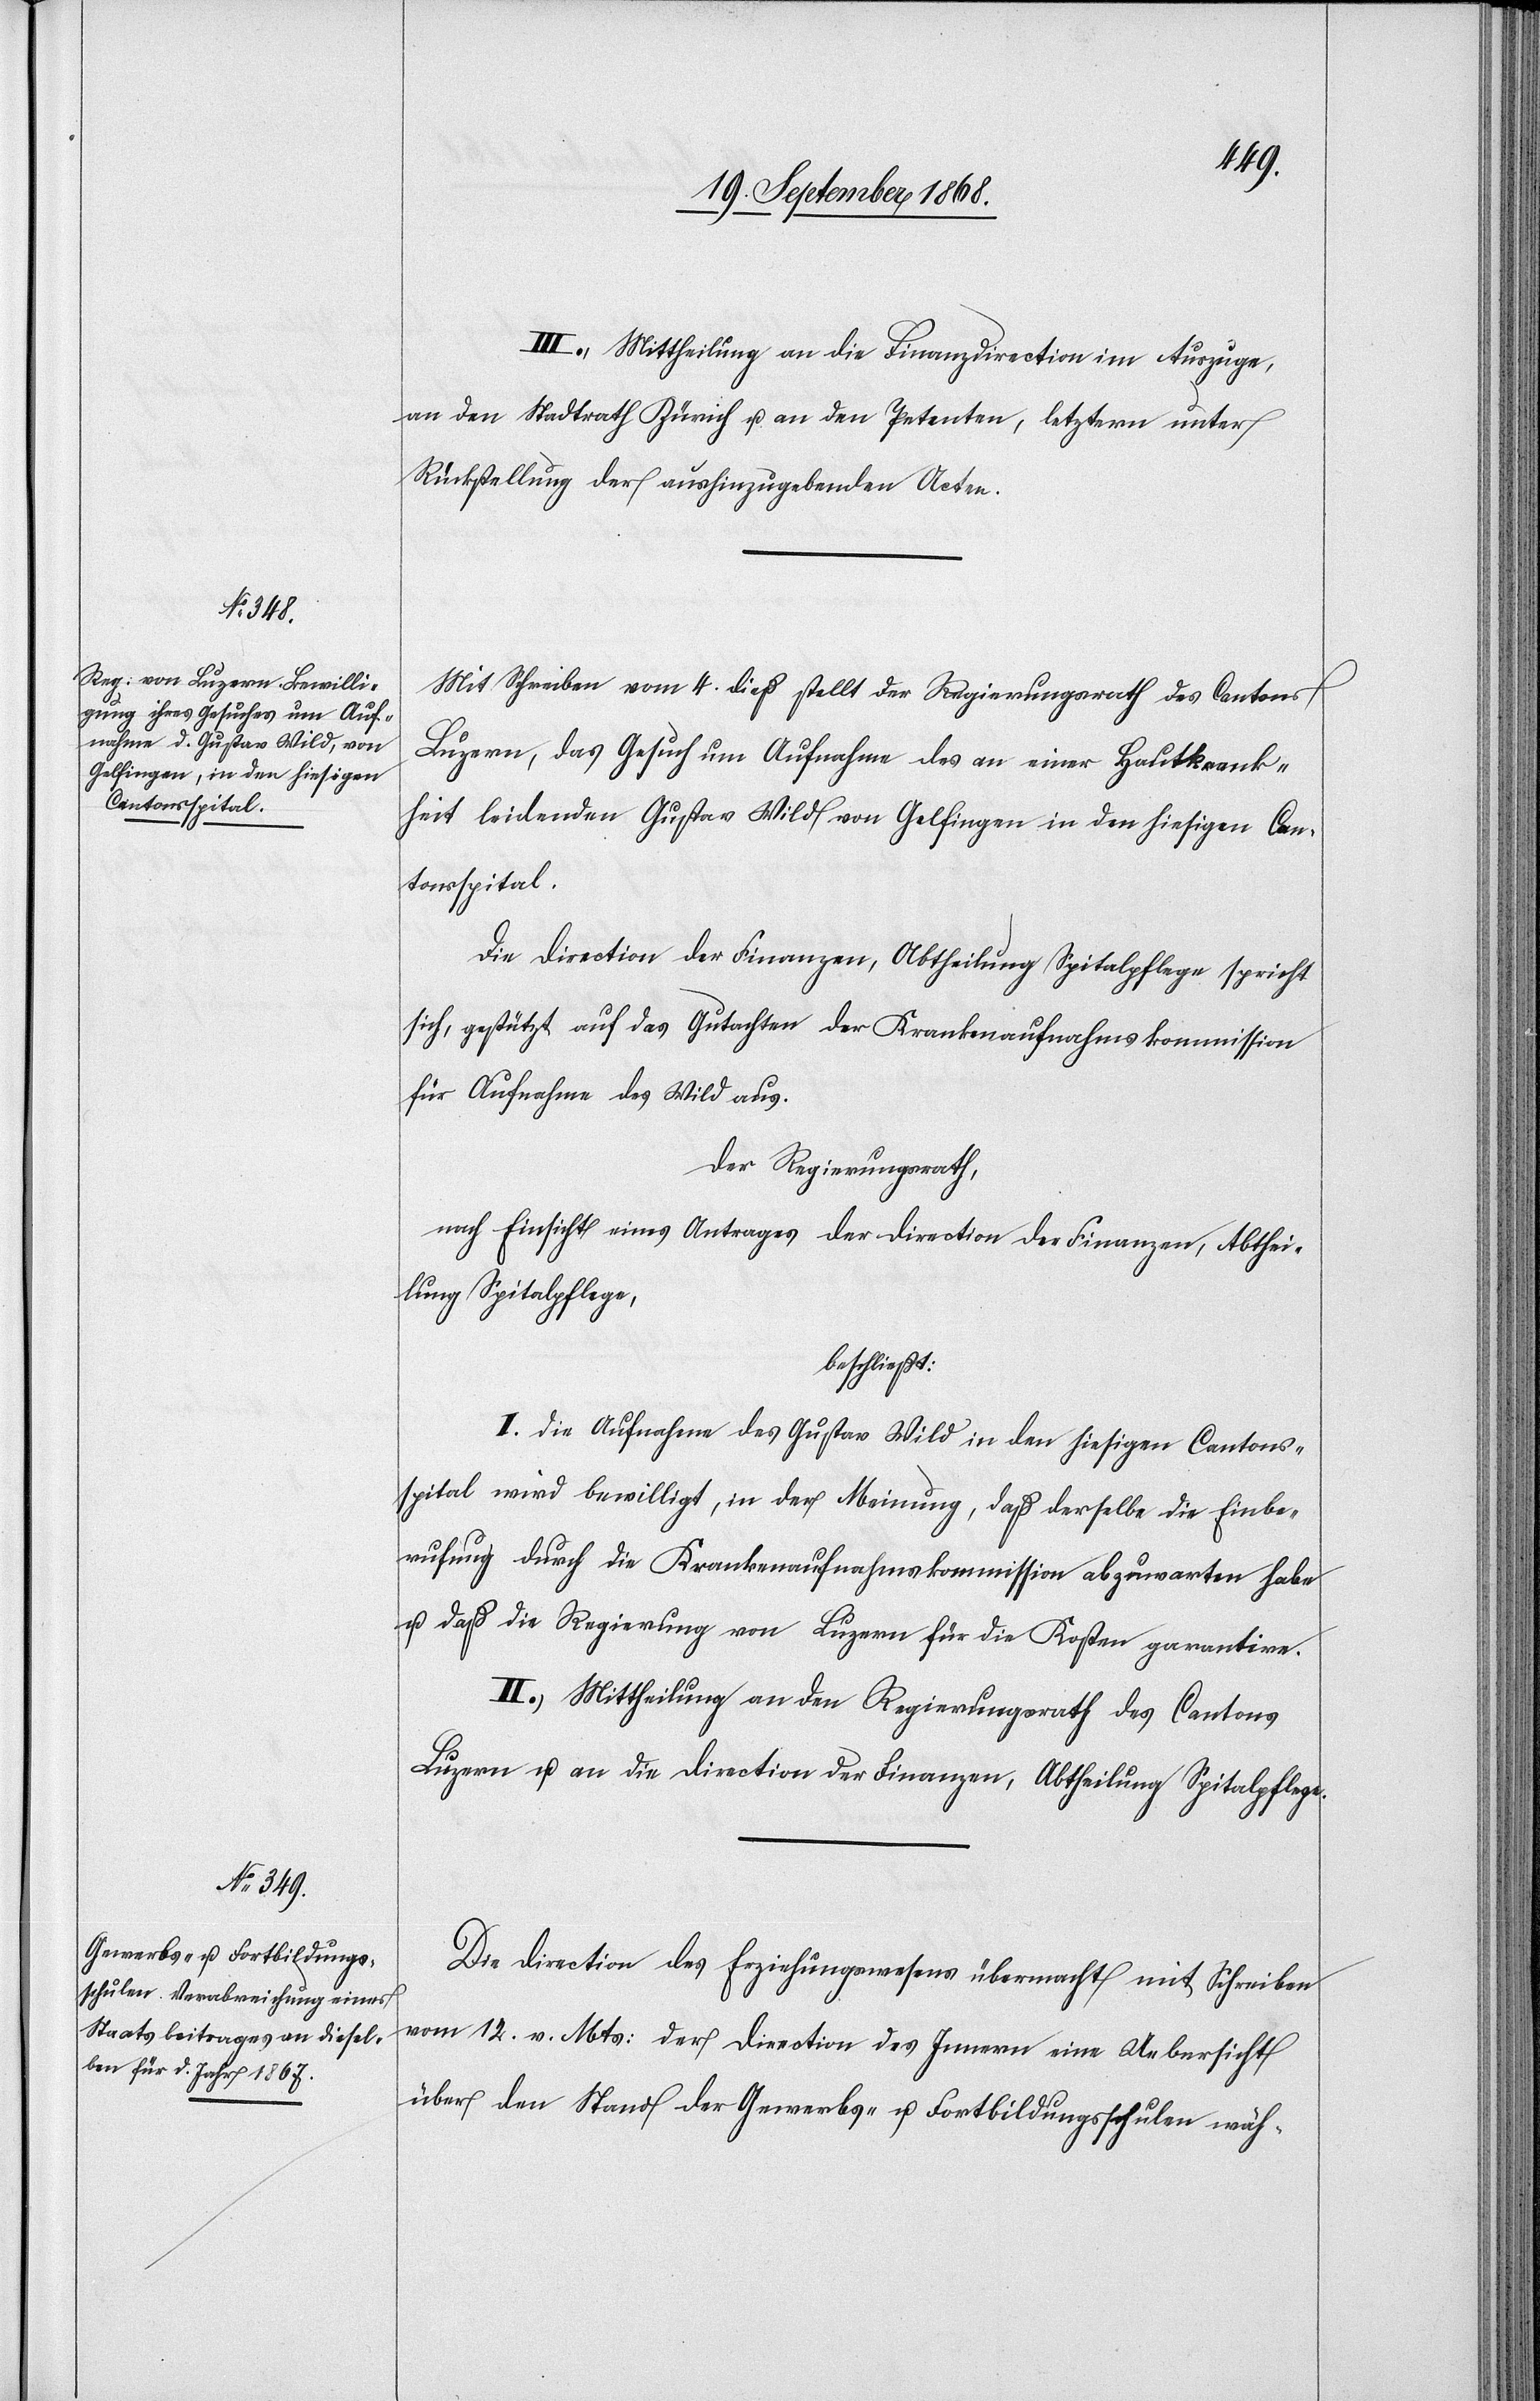
III. Mittheilung an die Finanzdirection im Auszuge,
an den Stadtrath Zürich u. an den Petenten, letztern unter
Rückstellung der aushinzugebenden Acten.
Mit Schreiben vom 4. dieß stellt der Regierungsrath des Cantons
Luzern, das Gesuch um Aufnahme des an einer Hautkrank¬
heit leidenden Gustav Wild von Gelfingen in den hiesigen Can¬
tonsspital.
Die Direction der Finanzen, Abtheilung Spitalpflege spricht
sich, gestützt auf das Gutachten der Krankenaufnahmskommission
für Aufnahme des Wild aus.
Der Regierungsrath,
nach Einsicht eines Antrages der Direction der Finanzen, Abthei¬
lung Spitalpflege,
beschließt:
I. Die Aufnahme des Gustav Wild in den hiesigen Cantons¬
spital wird bewilligt, in der Meinung, daß derselbe die Einbe¬
rufung durch die Krankenaufnahmskommission abzuwarten habe
u. daß die Regierung von Luzern für die Kosten garantire.
II. Mittheilung an den Regierungsrath des Cantons
Luzern u. an die Direction der Finanzen, Abtheilung Spitalpflege.
Die Direction des Erziehungswesens übermacht mit Schreiben
vom 12. v. Mts: der Direction des Innern eine Uebersicht
über den Stand der Gewerbs- u. Fortbildungsschulen wäh-